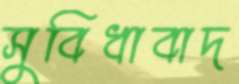
সুবিধাবাদ